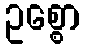
ဥစ္စော